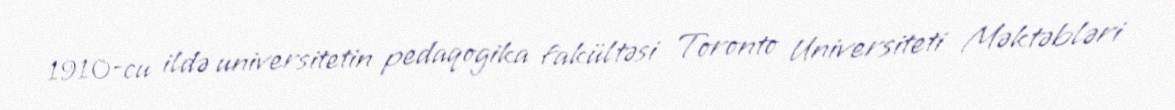
1910-cu ildə universitetin pedaqogika fakültəsi Toronto Universiteti Məktəbləri